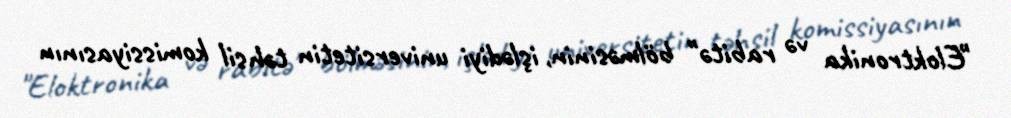
"Eloktronika və rabitə" bölməsinin, işlədiyi universitetin təhsil komissiyasının